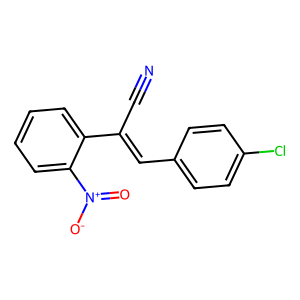
SMILES: N#CC(=Cc1ccc(Cl)cc1)c1ccccc1[N+](=O)[O-]
Inhibits HIV replication: No